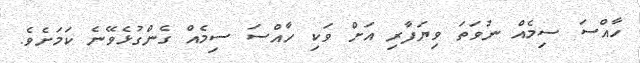
ހާއްސަ ސިމެއް ނުވަތަ ވިޔަފާރި އަށް ވަކި ހާއްސަ ސިމެއް ގެންގުޅެވޭނެ ކަމަށެވެ.